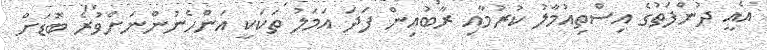
އެއީ ދުންފަތުގެ އިސްތިއުމާލު ކުރުމާއި ރާބުއިން ފަދަ އަމަލު ތަކަކީ އަންހެނުންނަށްވުރެ ބޮޑަށް